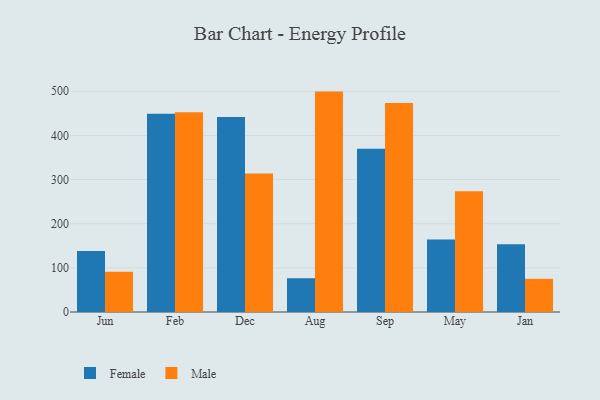
{"axis": {"x": "Month", "y": "Temperature (°C)"}, "legend": ["Female", "Male"], "data": [{"x": "Jun", "y": 138.3, "type": "Female"}, {"x": "Jun", "y": 91.4, "type": "Male"}, {"x": "Feb", "y": 449.2, "type": "Female"}, {"x": "Feb", "y": 452.8, "type": "Male"}, {"x": "Dec", "y": 441.5, "type": "Female"}, {"x": "Dec", "y": 313.5, "type": "Male"}, {"x": "Aug", "y": 76.5, "type": "Female"}, {"x": "Aug", "y": 499.3, "type": "Male"}, {"x": "Sep", "y": 369.8, "type": "Female"}, {"x": "Sep", "y": 473.5, "type": "Male"}, {"x": "May", "y": 164.2, "type": "Female"}, {"x": "May", "y": 273.7, "type": "Male"}, {"x": "Jan", "y": 153.2, "type": "Female"}, {"x": "Jan", "y": 75.2, "type": "Male"}]}